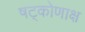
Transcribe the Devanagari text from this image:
षट्कोणाक्ष